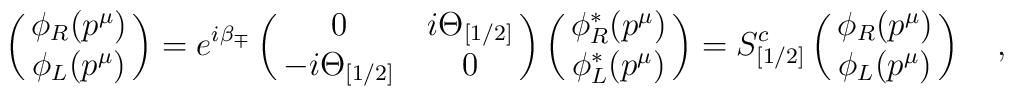
\pmatrix{\phi_R (p^\mu)\cr \phi_L (p^\mu)} =e^{i\beta_{\mp}} \pmatrix{0& i\Theta_{[1/2]}\cr-i\Theta_{[1/2]} &0\cr}\pmatrix{\phi_R^* (p^\mu)\cr\phi_L^* (p^\mu)} = S^c_{[1/2]} \pmatrix{\phi_R (p^\mu)\cr\phi_L (p^\mu)}\quad,